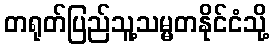
တရုတ်ပြည်သူ့သမ္မတနိုင်ငံသို့